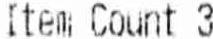
ITEM COUNT 3